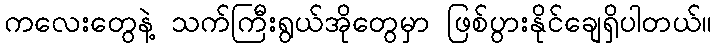
ကလေးတွေနဲ့ သက်ကြီးရွယ်အိုတွေမှာ ဖြစ်ပွားနိုင်ချေရှိပါတယ်။